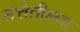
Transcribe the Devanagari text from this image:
सत्तेतीलच